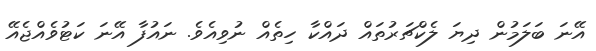
އޭނަ ބަލަމުން ދިޔަ ލެކްޗަރުތައް ދައްކާ ހިތެއް ނުވިއެވެ. ނައުފާ އޭނަ ކަޓުވެއްޖެއޭ